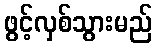
ဖွင့်လှစ်သွားမည်